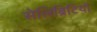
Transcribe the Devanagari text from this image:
सेलिब्रिटियों